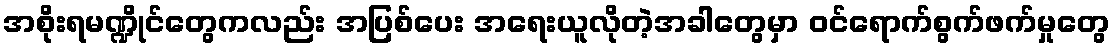
အစိုးရမဏ္ဍိုင်တွေကလည်း အပြစ်ပေး အရေးယူလိုတဲ့အခါတွေမှာ ဝင်ရောက်စွက်ဖက်မှုတွေ